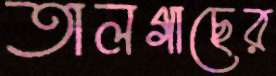
তালগাছের